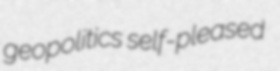
geopolitics self-pleased